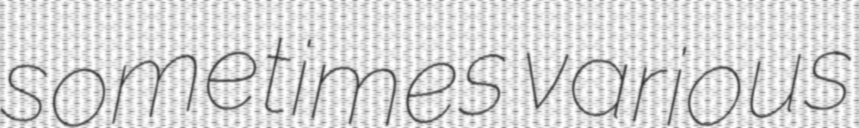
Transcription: sometimes various